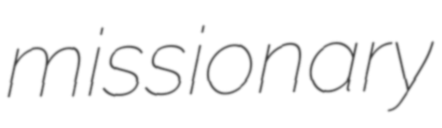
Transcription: missionary